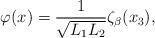
LaTeX: \begin{align*} \varphi(x) = \frac{1}{\sqrt{L_1 L_2}} \zeta_\beta(x_3),\end{align*}